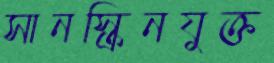
সানস্ক্রিনযুক্ত